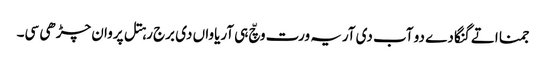
جمنا اتے گنگا دے دو آب دی آریہ ورت وچّ ہی آریاواں دی برج رہتل پروان چڑھی سی۔